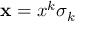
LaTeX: \mathbf { x } = x ^ { k } \sigma _ { k }